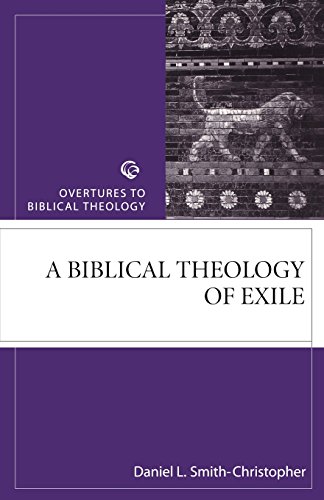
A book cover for A Biblical Theology of Exile (Overtures to Biblical Theology); Daniel Smith-Christopher; History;